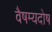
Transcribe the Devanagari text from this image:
वैषम्यदोष